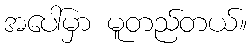
အပေါ်မှာ မူတည်တယ်။